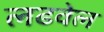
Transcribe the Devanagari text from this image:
लढवेल